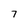
Character: 7